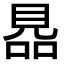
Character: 𧠮